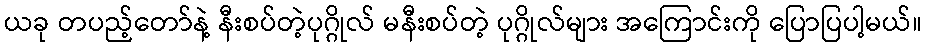
ယခု တပည့်တော်နဲ့ နီးစပ်တဲ့ပုဂ္ဂိုလ် မနီးစပ်တဲ့ ပုဂ္ဂိုလ်များ အကြောင်းကို ပြောပြပါ့မယ်။